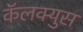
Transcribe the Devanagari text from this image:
कॅलक्युस